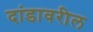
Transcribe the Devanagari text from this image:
दांडावरील